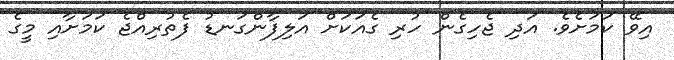
އިވޭ ކަމަށެވެ. އަދި ޖެހިގެން ހުރި ގެއަކަށް އަލިފާންގަނޑު ފެތުރިއްޖެ ކަމަށާއި މީގެ